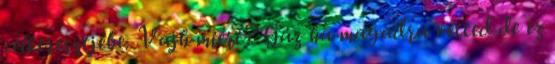
célkeresztjébe. Vajh miért? Gáz ha magadra vetted de ez